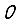
Digit: 0